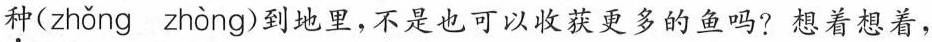
\underset{·}{种}( zhǒng zhòng )到地里，不是也可以收获更多的鱼吗? 想着想着，